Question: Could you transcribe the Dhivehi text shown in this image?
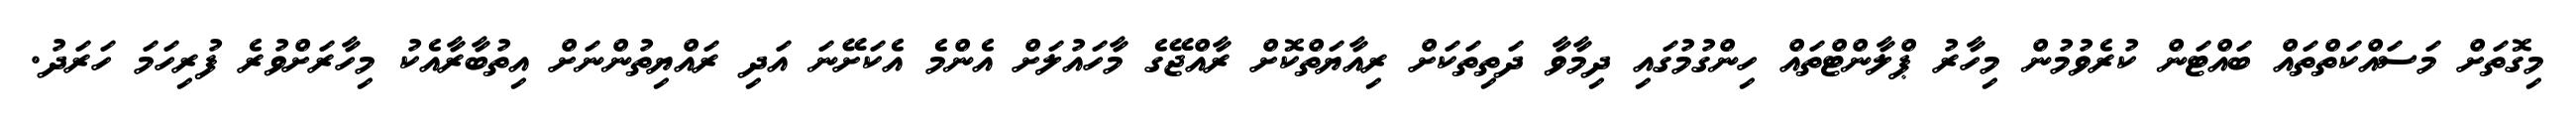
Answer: މިގޮތަށް މަސައްކަތްތައް ބައްޓަން ކުރެވުމުން މިހާރު ޕްލާންޓްތައް ހިންގުމުގައި ދިމާވާ ދަތިތަކަށް ރިއާޔަތްކޮށް ރާއްޖޭގެ މާހައުލަށް އެންމެ އެކަށޭނަ އަދި ރައްޔިތުންނަށް އިތުބާރާއެކު މިހާރަށްވުރެ ފުރިހަމަ ހަރަދު.